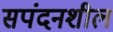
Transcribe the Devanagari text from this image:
सपंदनशील